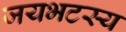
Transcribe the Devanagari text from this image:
जयभटस्य